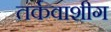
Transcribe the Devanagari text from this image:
तर्कवाशीग